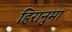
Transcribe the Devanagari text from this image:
हिरानुमा